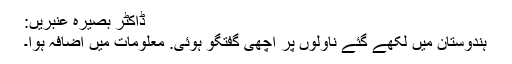
ڈاکٹر بصیرہ عنبریں:
ہندوستان میں لکھے گئے ناولوں پر اچھی گفتگو ہوئی. معلومات میں اضافہ ہوا۔